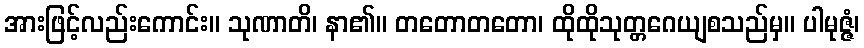
အားဖြင့်လည်းကောင်း။ သုဏာတိ၊ နာ၏။ တတောတတော၊ ထိုထိုသုတ္တဂေယျစသည်မှ။ ပါမုဇ္ဇံ၊